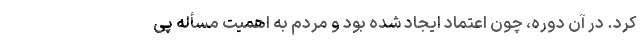
کرد. در آن دوره، چون اعتماد ایجاد شده بود و مردم به اهمیت مسأله پی